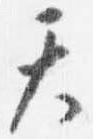
天